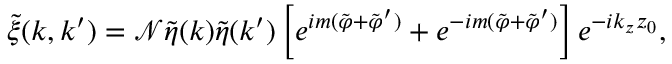
\tilde { \xi } ( \boldsymbol { k } , \boldsymbol { k } ^ { \prime } ) = \mathcal { N } \tilde { \eta } ( \boldsymbol { k } ) \tilde { \eta } ( \boldsymbol { k } ^ { \prime } ) \left[ e ^ { i m ( \tilde { \varphi } + \tilde { \varphi } ^ { \prime } ) } + e ^ { - i m ( \tilde { \varphi } + \tilde { \varphi } ^ { \prime } ) } \right] e ^ { - i k _ { z } z _ { 0 } } ,